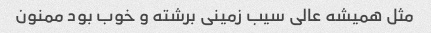
مثل همیشه عالی سیب زمینی برشته و خوب بود ممنون